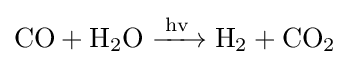
{\ce {CO + H2O ->[{hv}] H2 + CO2}}